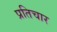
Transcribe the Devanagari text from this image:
प्रतिचार